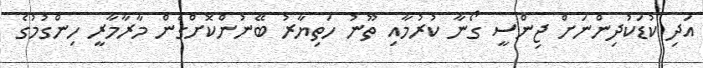
އަދި ކުޑަކުދިންނަށް ޖިންސީ ގޯނާ ކުރުމާއި ތޫނު ހަތިޔާރު ބޭނުންކޮށްގެން މާރާމާރީ ހިންގުމުގެ